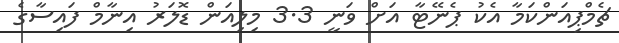
ޗެމްޕިއަންކަމާ އެކު ޕެނޭޓާ އަށް ވަނީ 3.3 މިލިއަން ޑޮލަރު އިނާމް ފައިސާގެ